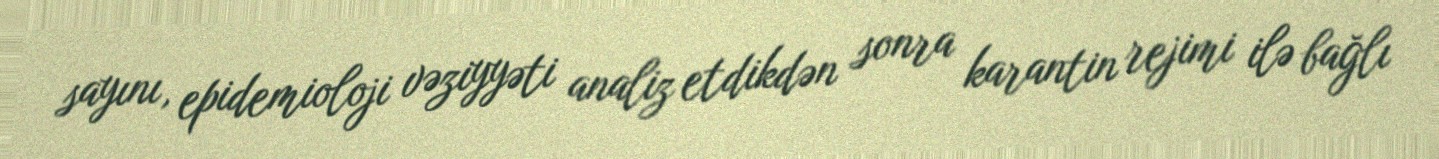
sayını, epidemioloji vəziyyəti analiz etdikdən sonra karantin rejimi ilə bağlı